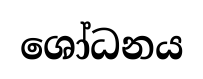
ශෝධනය